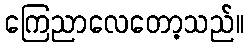
ကြေညာလေတော့သည်။